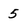
Character: 5